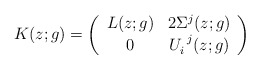
\begin{align*}K(z;g)=\left(\begin{array}{cc} L(z;g)&2\Sigma^{j}(z;g)\\ 0&U_{i}^{~j}(z;g) \end{array}\right)\end{align*}